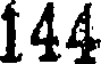
144